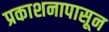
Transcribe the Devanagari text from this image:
प्रकाशनापासून